Cholera in southern India
Disease focus: Cholera
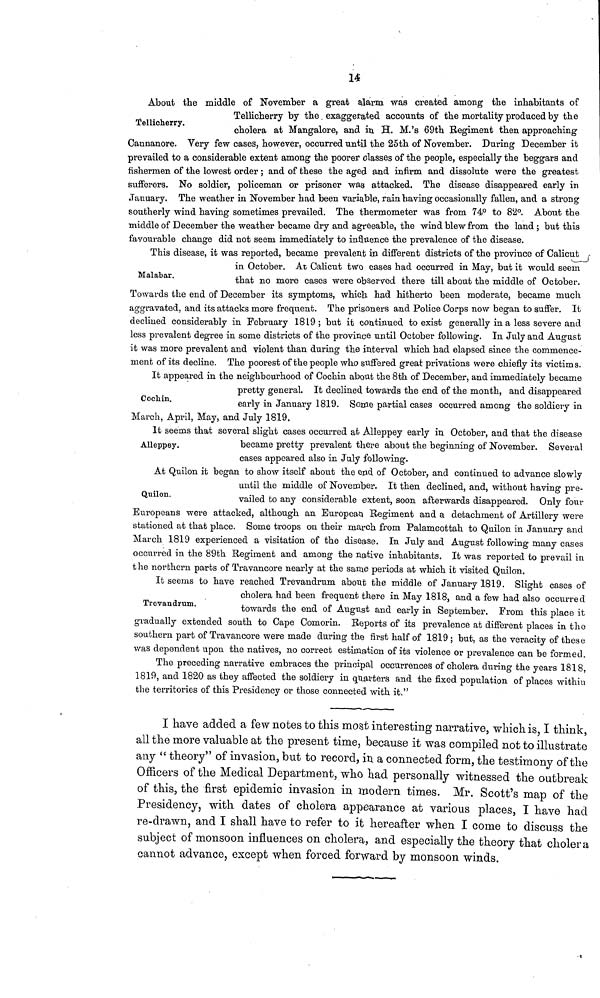
u
Tellicherry.
About the middle of November a great alarm was created among the inhabitants of
Tellicherry by the exaggerated accounts of the mortality produced by the
cholera at Mangalore, and in H. M.'s 69th Regiment then approaching
Cannanore. Very few cases, however, occurred until the 25th of November. During December it
prevailed to a considerable extent among the poorer classes of the people, especially the beggars and
fishermen of the lowest order ; and of these the aged and infirm and dissolute were the greatest
sufferers. No soldier, policeman or prisoner was attacked. The disease disappeared early in
January. The weather in November had been variable, rain having occasionally fallen, and a strong
southerly wind having sometimes prevailed. The thermometer was from 74° to 82°. About the
middle of December the weather became dry and agreeable, the wind blew from the land ; but this
favourable change did not seem immediately to influence the prevalence of the disease.
Malabar.
This disease, it was reported, became prevalent in different districts of the province of Calicut
in October. At Calicut two cases had occurred in May, but it would seem
that no more cases were observed there till about the middle of October.
Towards the end of December its symptoms, which had hitherto been moderate, became much
aggravated, and its attacks more frequent. The prisoners and Police Corps now began to suffer. It
declined considerably in February 1819; but it continued to exist generally in a less severe and
less prevalent degree in some districts of the province until October following. In July and August
it was more prevalent and violent than during the interval which had elapsed since the commence-
ment of its decline. The poorest of the people who suffered great privations were chiefly its victims.
Cochin.
It appeared in the neighbourhood of Cochin about the 8th of December, and immediately became
pretty general. It declined towards the end of the month, and disappeared
early in January 1819. Some partial cases occurred among the soldiery in
March, April, May, and July 1819.
Alleppey.
It seems that several slight cases occurred at Alleppey early in October, and that the disease
became pretty prevalent there about the beginning of November. Several
cases appeared also in July following.
Quilon.
At Quilon it began to show itself about the end of October, and continued to advance slowly
until the middle of November. It then declined, and, without having pre-
vailed to any considerable extent, soon afterwards disappeared. Only four
Europeans were attacked, although an European Regiment and a detachment of Artillery were
stationed at that place. Some troops on their march from Palamcottah to Quilon in January and
March 1819 experienced a visitation of the disease. In July and August following many cases
occurred in the 89th Regiment and among the native inhabitants. It was reported to prevail in
the northern parts of Travancore nearly at the same periods at which it visited Quilon.
Trevandrum.
It seems to have reached Trevandrum about the middle of January 1819. Slight cases of
cholera had been frequent there in May 1818, and a few had also occurred
towards the end of August and early in September. From this place it
gradually extended south to Cape Comorin. Reports of its prevalence at different places in the
southern part of Travancore were made during the first half of 1819 ; but, as the veracity of these
was dependent upon the natives, no correct estimation of its violence or prevalence can be formed.
The preceding narrative embraces the principal occurrences of cholera during the years 1818,
1819, and 1820 as they affected the soldiery in quarters and the fixed population of places within
the territories of this Presidency or those connected with it."
I have added a few notes to this most interesting narrative, which is, I think,
all the more valuable at the present time, because it was compiled not to illustrate
any "theory" of invasion, but to record, in a connected form, the testimony of the
Officers of the Medical Department, who had personally witnessed the outbreak
of this, the first epidemic invasion in modern times. Mr. Scott's map of the
Presidency, with dates of cholera appearance at various places, I have had
re-drawn, and I shall have to refer to it hereafter when I come to discuss the
subject of monsoon influences on cholera, and especially the theory that cholera
cannot advance, except when forced forward by monsoon winds.